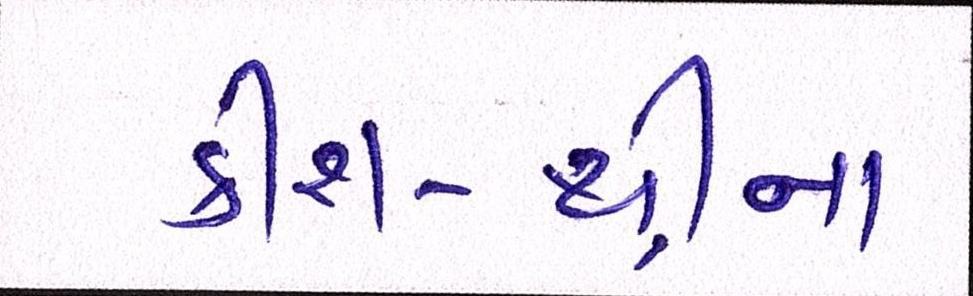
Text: ક્રીશ-થ્રીના